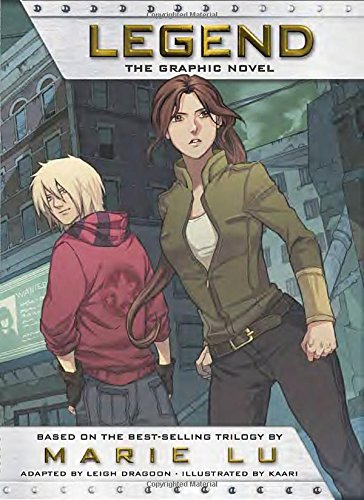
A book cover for Legend: the Graphic Novel; Marie Lu; Teen & Young Adult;